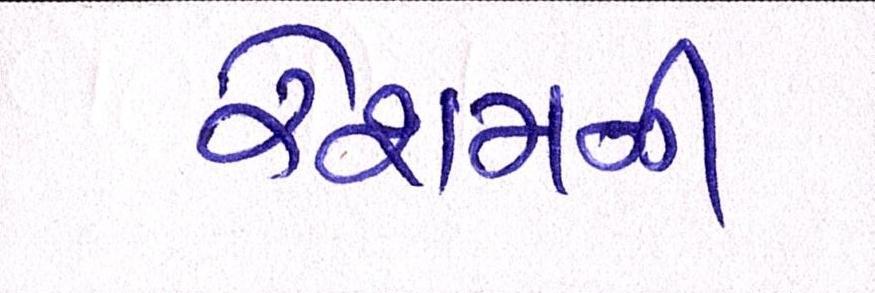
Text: રેશમની